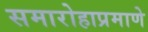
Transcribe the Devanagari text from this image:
समारोहाप्रमाणे